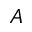
A